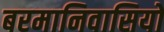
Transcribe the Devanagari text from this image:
बरमानिवासियों